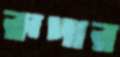
রূপার